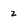
Character: 2